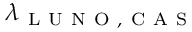
\lambda _ { \mathrm { ~ L ~ U ~ N ~ O ~ , ~ C ~ A ~ S ~ } }